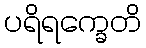
ပရိရက္ခေတိ